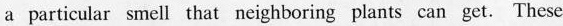
a particular smell that neighboring plants can get.These